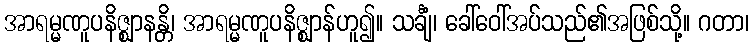
အာရမ္မဏူပနိဇ္ဈာနန္တိ၊ အာရမ္မဏူပနိဇ္ဈာန်ဟူ၍။ သင်္ချံ၊ ခေါ်ဝေါ်အပ်သည်၏အဖြစ်သို့။ ဂတာ၊